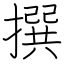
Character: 撰